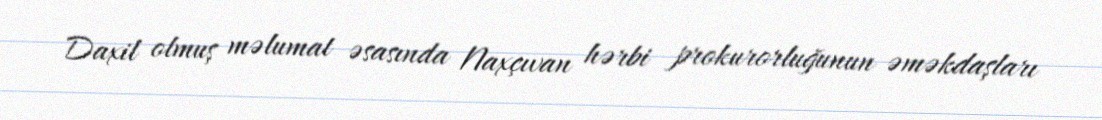
Daxil olmuş məlumat əsasında Naxçıvan hərbi prokurorluğunun əməkdaşları